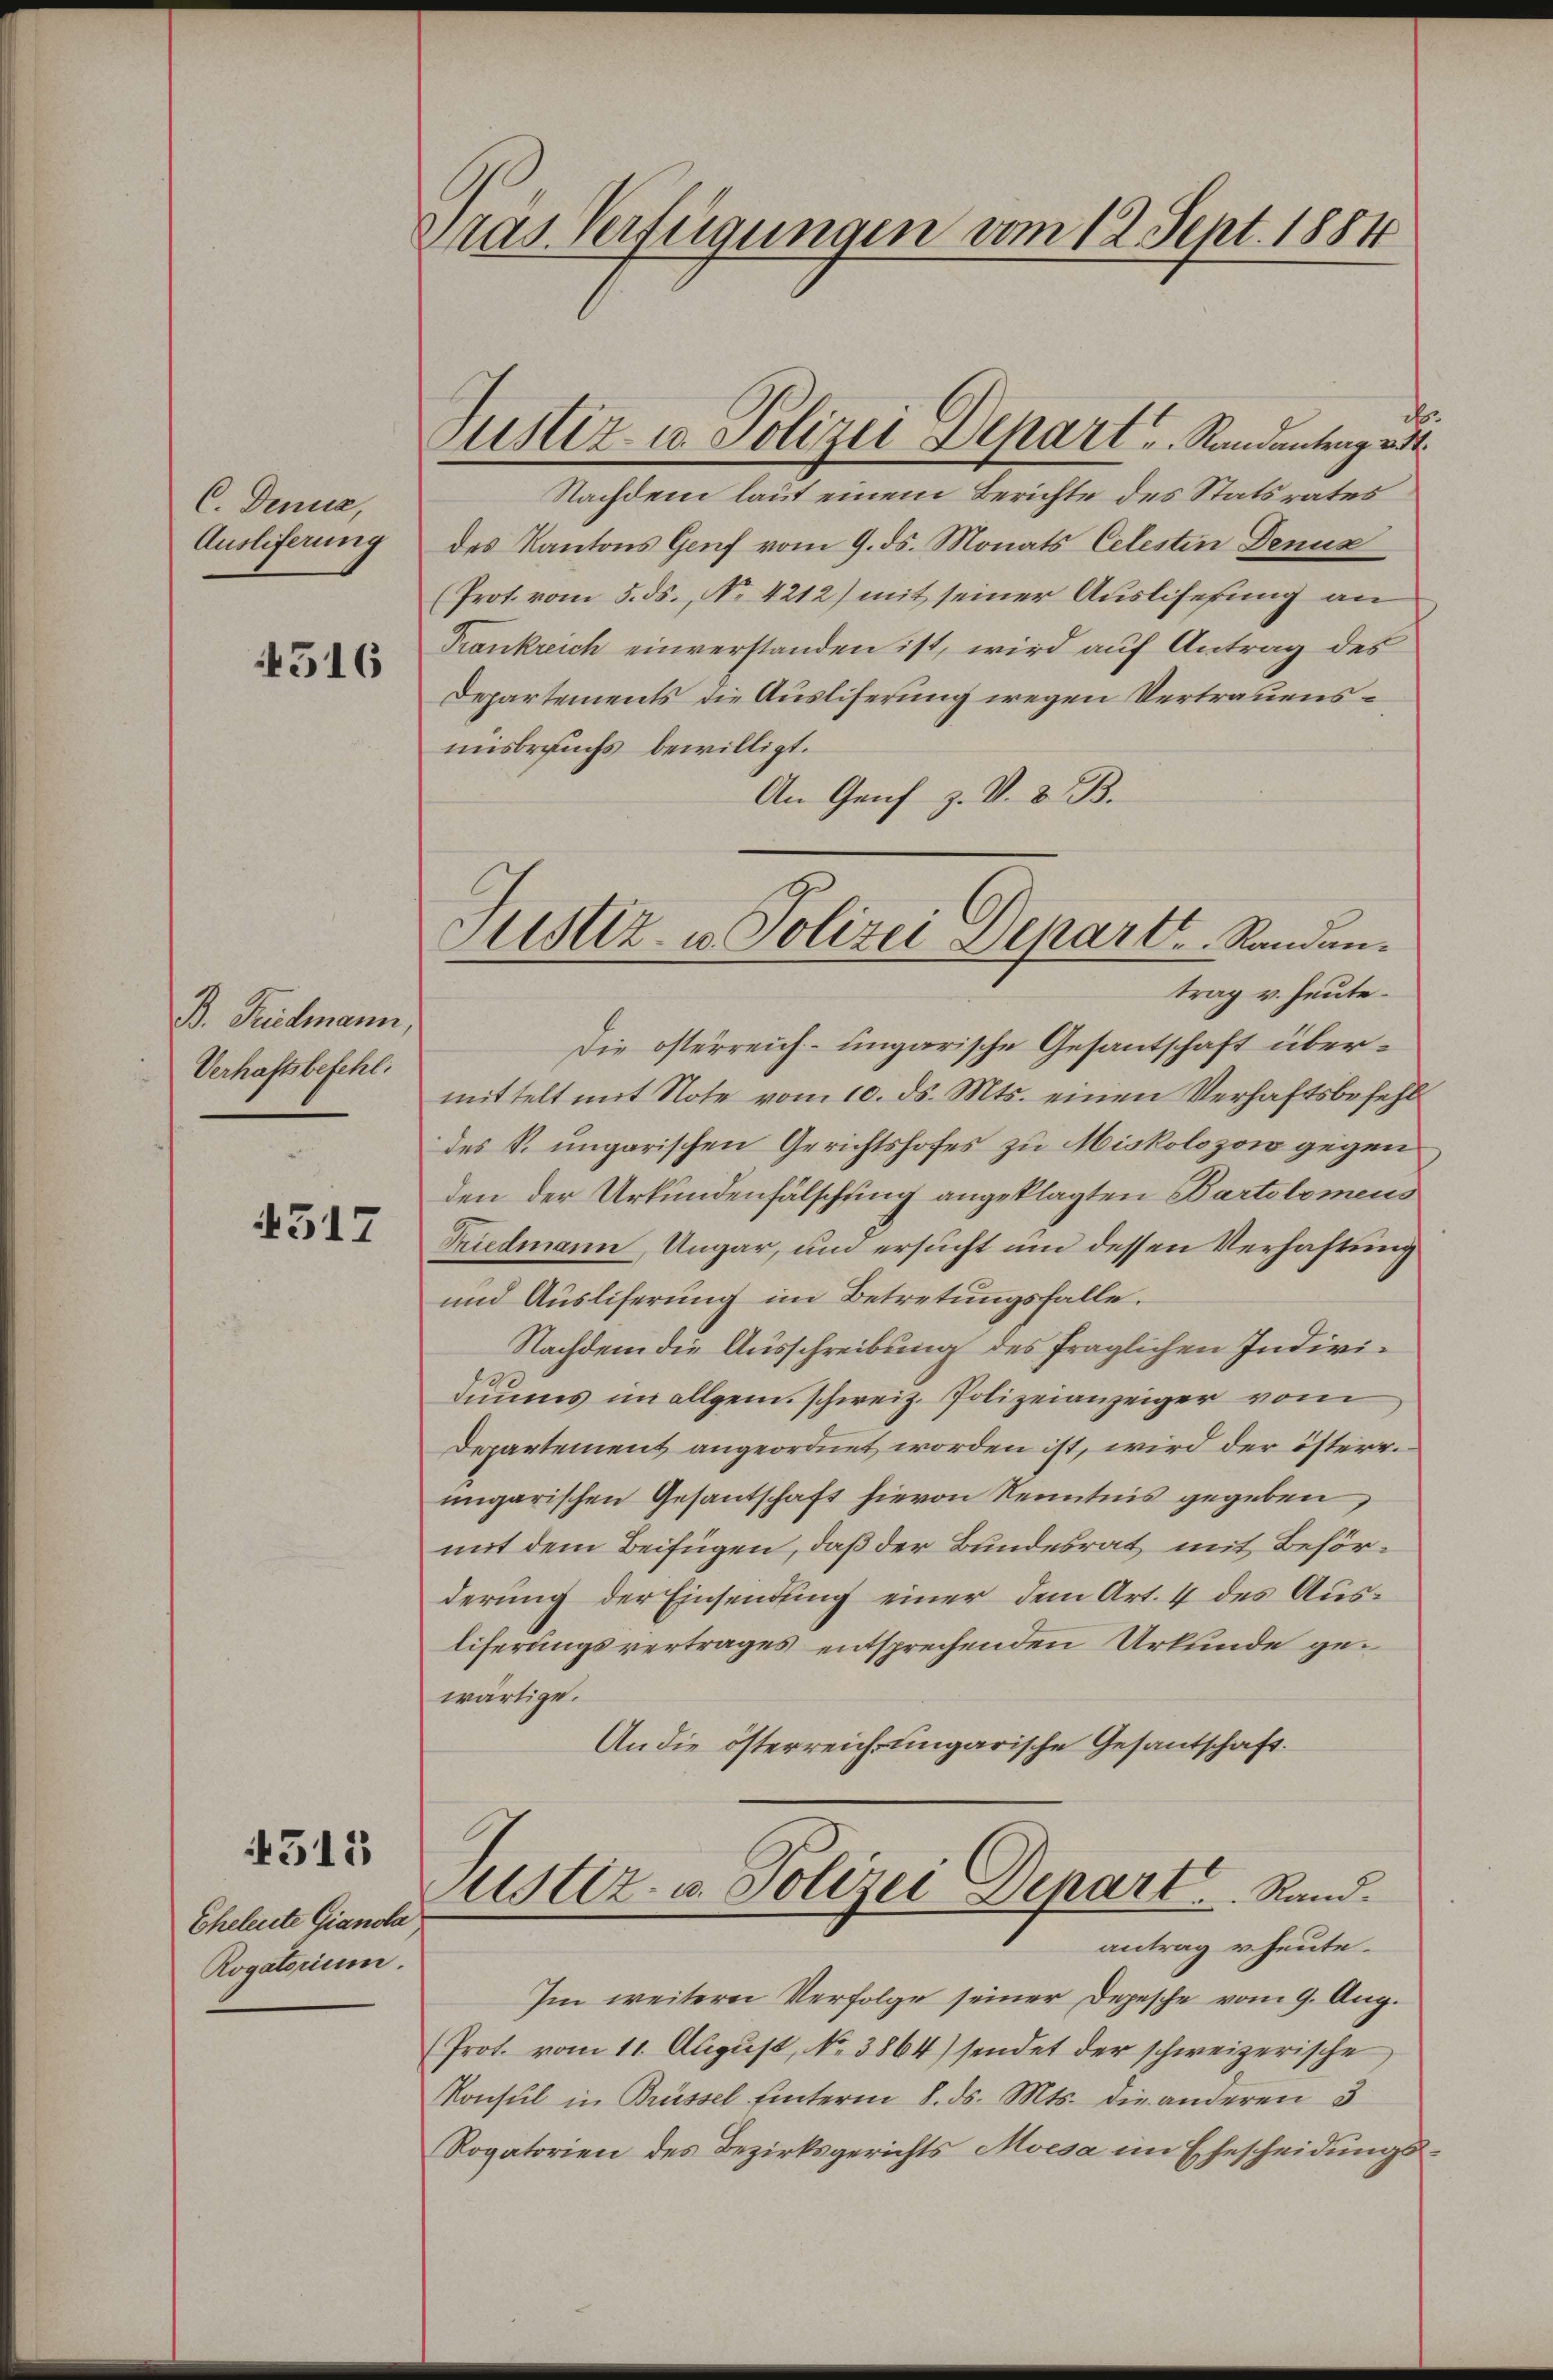
C. Denua,
Auslieferung

4516

B. Freidmann,
Verhaftsbefehl.

4517

4515

Eheleute Gianola
Rogatorium.

Tras Verfügungen vom 12. Sept. 1884

Sistir- u. Polizei Depart   Randantrag v

c
Nachdem laut einem Berichte des Statsrates
des Kantons Genf vom 9. ds. Monats Celestin Denuz
(Prot. vom 5. ds., Nr. 4212) mit seiner Ausliserung an
Frankreich einverstanden ist, wird auf Antrag des
Departements die Ausliferung wegen Vertrauensunsbrauchs bewilligt.
An Genf z. V. D. B.

Justiz- u. Polizei Depart. Standen.
trag v. heute.

Die österreich-ungarische Gesantschaft übermittelt mit Note vom 10. ds. Mts. einen Verhaftsbefehl
des k. ungarischen Gerichtshofes zu Miskolozow gegen
den der Urkundenfälschling angeklagten Bartolomeus
Friedmann, Ungar, um ersucht um dessen Verhaftung
und Ausliferung im Betretungsfalle.
Nachdem die Ausschreibung des fraglichen Individuums im allgem. Schweiz. Polizeianzeiger vom
Departement angeordnet worden ist, wird der österr.
ungarischen Gesantschaft hievon Kenntnis gegeben,
mit dem Beifügen, daß der Bundesrat mit Behörderung der Einsendung einer dem Art. 4 des Ausliferungsvertrages entsprechenden Urkunde gewärtige.
An die österreich ungarische Gesandschaft.

ustiz- u. Polizei Depart. Rand.
antrag u. heute.

Im weiterer Verfolge seiner Depesche vom 9. Aug.
Prot. vom 11. August, No. 3864) sendet der schweizerische
Konsul in Brüssel hinterm 8. ds. Mts. die anderen 3
Rogatorien des Bezirksgerichts Moesa im Ehescheidungs¬